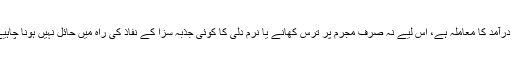
زنا کی سزا کے بارے میں اس نے فرمایا ہے کہ یہ خدا کے دین پر عمل درآمد کا معاملہ ہے، اس لیے نہ صرف مجرم پر ترس کھانے یا نرم دلی کا کوئی جذبہ سزا کے نفاذ کی راہ میں حائل نہیں ہونا چاہیے، بلکہ اس سزا کو کھلے بندوں مجرم پر نافذ کرنے کا اہتمام ہونا چاہیے۔